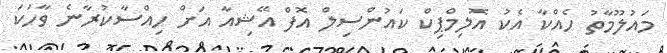
މައުލޫމާތު ހެއްކާ އެކު އޮލިމްޕިކް ކައުންސިލް އޮފް އޭޝިއާ އަށް ހިއްސާކުރާނެ ވާހަކަ